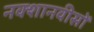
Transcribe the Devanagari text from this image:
नक्शानवीसों